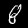
Digit: 8